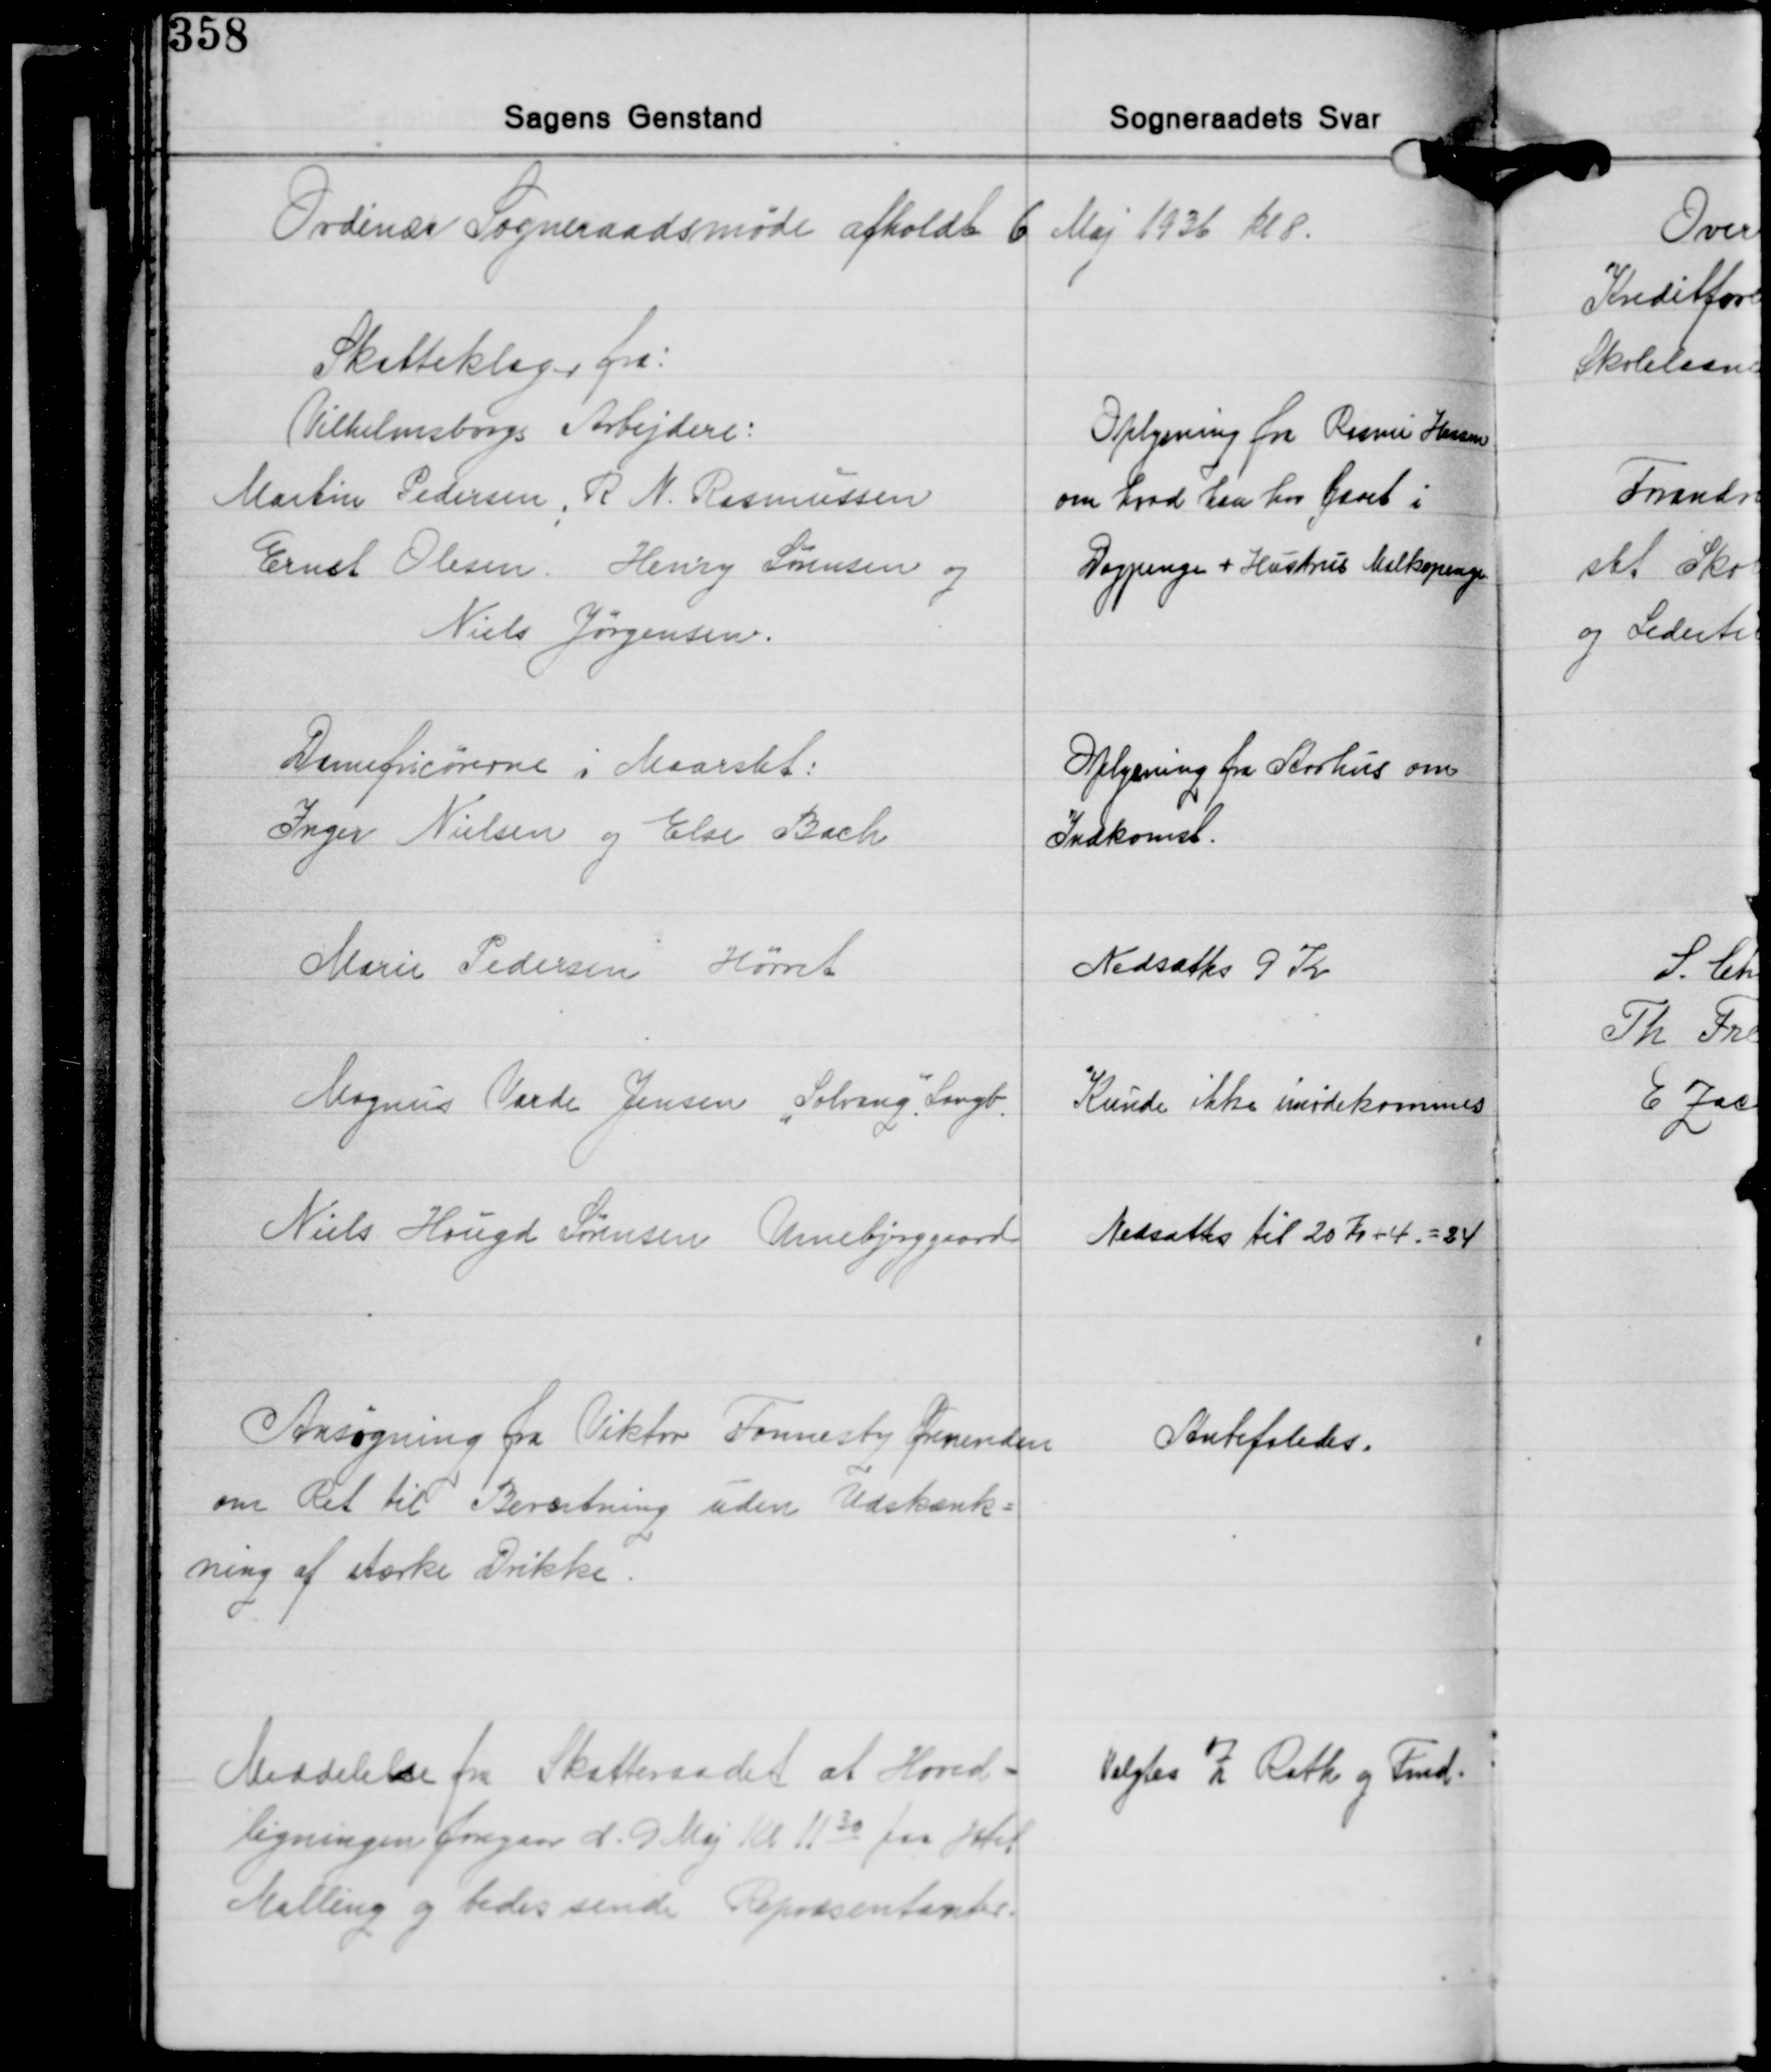
Transskription:
Ordinær Sogneraadsmøde afholdt 6 Maj 1936 Kl 8.

Skatteklager fra:
Vilhelmsborgs Arbejdere:
Martin Pedersen, R. N. Rasmussen
Ernst Olesen, Henry Sørensen og
Niels Jørgensen.

Oplysning fra Rasmus Hansen
om hvad han har faaet i
Dagpenge + Hustrus Mælkepenge

Damefrisørerne i Maarslet:
Inger Nielsen og Else Bach

Oplysning fra Aarhus om
Indkomst.

Marie Pedersen Hørret

Nedsattes 9 Kr.

Magnus Varde Jensen "Solvang", Langb.

Kunde ikke mødekommes

Niels Hougd Sørensen Umebjerggaard

Nedsattes til 20 Kr. + 4 = 24

Ansøgning fra Viktor Fonnesby Ørnereden
om Ret til Beværtning uden Udskænk-
ning af stærke Drikke.

Anbefaledes.

Meddelelse fra Skatteraadet at Hoved-
ligningen foregaar d. 9 Maj Kl. 1130 paa Hotel
Malling og bedes sende Repræsentanter.

Valgtes Z. Rath og Fmd.